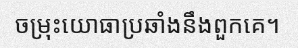
ចម្រុះយោធាប្រឆាំងនឹងពួកគេ។